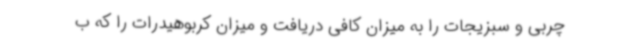
چربی و سبزیجات را به میزان کافی دریافت و میزان کربوهیدرات را که ب